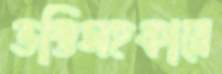
ভক্তিসহকারে